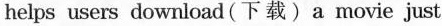
helps users download(下载)a movie just